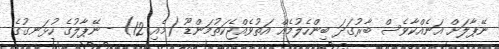
ނޭޕާލަށް އަނެއްކާވެސް ބާރުގަަދަ ބިންހެލުމެއް އަތުވެއްޖެކަތުމަންޑޫ (މެއި 12) - ނޭޕާލުގެ ހުޅަނގުގެ